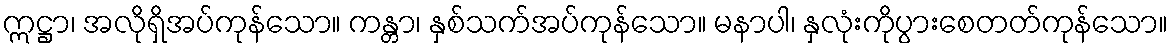
ဣဋ္ဌာ၊ အလိုရှိအပ်ကုန်သော။ ကန္တာ၊ နှစ်သက်အပ်ကုန်သော။ မနာပါ၊ နှလုံးကိုပွားစေတတ်ကုန်သော။